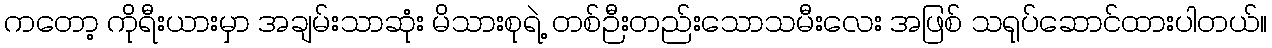
ကတော့ ကိုရီးယားမှာ အချမ်းသာဆုံး မိသားစုရဲ့ တစ်ဉီးတည်းသောသမီးလေး အဖြစ် သရုပ်ဆောင်ထားပါတယ်။